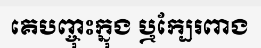
គេបញ្ចុះក្នុង ឬក្បែរពាង